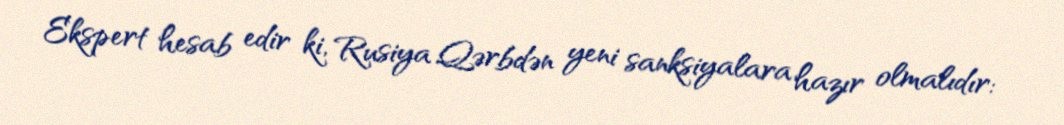
Ekspert hesab edir ki, Rusiya Qərbdən yeni sanksiyalara hazır olmalıdır: